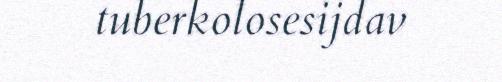
tuberkolosesijdav